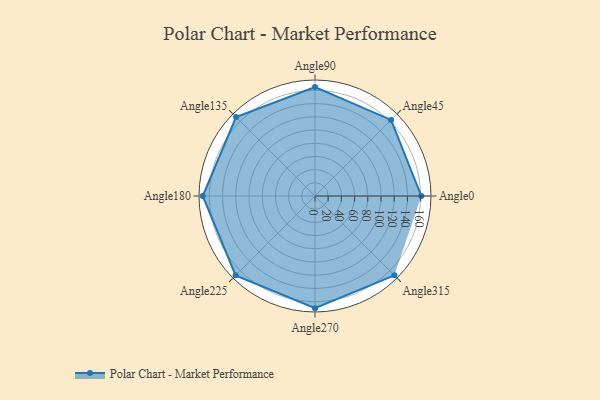
{"axis": {"x": "Angle", "y": "Radius"}, "legend": [""], "data": [{"x": "Angle0", "y": 161.0, "type": ""}, {"x": "Angle45", "y": 163.0, "type": ""}, {"x": "Angle90", "y": 165.0, "type": ""}, {"x": "Angle135", "y": 169.0, "type": ""}, {"x": "Angle180", "y": 170, "type": ""}, {"x": "Angle225", "y": 170, "type": ""}, {"x": "Angle270", "y": 170, "type": ""}, {"x": "Angle315", "y": 170, "type": ""}]}